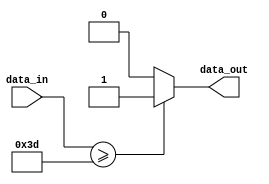
module Greater_Equal_61(data_in, data_out);
    input [5:0] data_in;
    output data_out;

    assign data_out = (data_in >= 61) ? 1'b1 : 1'b0; 
endmodule